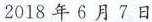
2018年6月7日